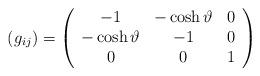
LaTeX: \begin{align*}(g_{ij}) = \left(\begin{array}{ccc} -1 & - \cosh \vartheta & 0 \\ - \cosh \vartheta & -1 & 0 \\ 0 & 0 & 1 \end{array} \right)\end{align*}